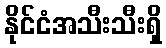
နိုင်ငံအသီးသီးရှိ